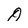
Character: A